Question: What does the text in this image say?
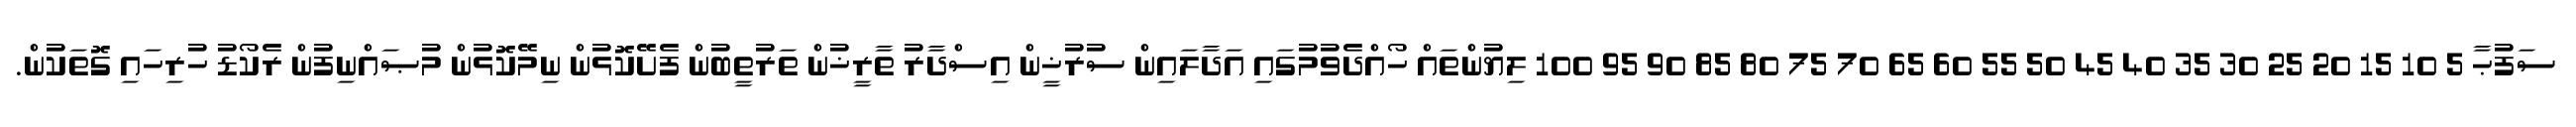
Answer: ސަފުޙާ 5 10 15 20 25 30 35 40 45 50 55 60 65 70 75 80 85 90 95 100 ލިޔުންތައް ހޯއްދެވުމުގައި އަދާލައިން ސުރުޚީން އިސްދާރު ތާރީޚުން ތަރުތީބުން ފެށޭކޮޅުން ނިމޭކޮޅުން މުޞައްނިފުން ރެކޯޑު ހުރިހައި ގޮތަކުން.